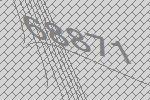
68871